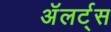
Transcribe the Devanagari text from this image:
अॅलर्ट्स